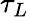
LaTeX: \tau_{L}